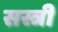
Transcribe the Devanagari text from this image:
सस्त्री